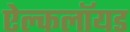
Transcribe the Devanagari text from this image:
ऐल्कलॉयड